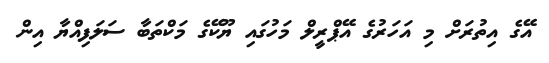
އޭގެ އިތުރަށް މި އަހަރުގެ އޭޕްރީލް މަހުގައި ޔޫކޭގެ މަކްތަބާ ސަލަފިއްޔާ އިން